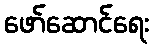
ဖော်ဆောင်ရေး